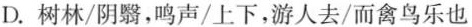
D.树林/阴翳，鸣声/上下，游人去/而禽鸟乐也